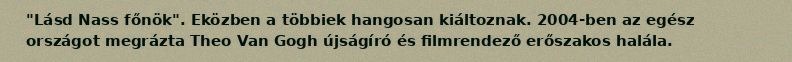
"Lásd Nass főnök". Eközben a többiek hangosan kiáltoznak. 2004-ben az egész országot megrázta Theo Van Gogh újságíró és filmrendező erőszakos halála.